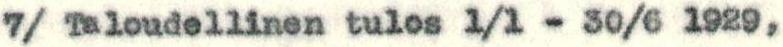
7/ Taloudellinen tulos 1/1 - 30/6 1929,